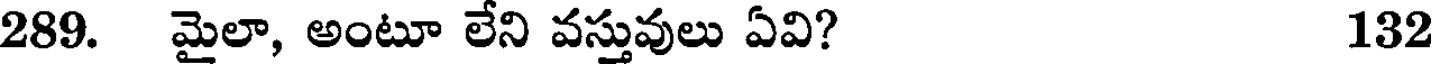
289. మైలా, అంటూ లేని వస్తువులు ఏవి? 132